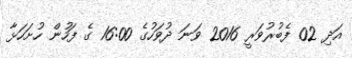
އަދި 02 ފެބުރުވަރީ 2016 ވަނަ ދުވަހުގެ 16:00 ގެ ފަހުން ހުށަހަޅާ